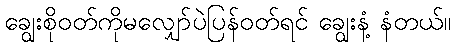
ချွေးစိုဝတ်ကိုမလျှော်ပဲပြန်ဝတ်ရင် ချွေးနံ့ နံတယ်။